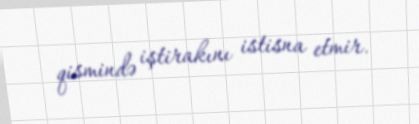
qismində iştirakını istisna etmir.